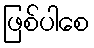
ဖြစ်ပါစေ